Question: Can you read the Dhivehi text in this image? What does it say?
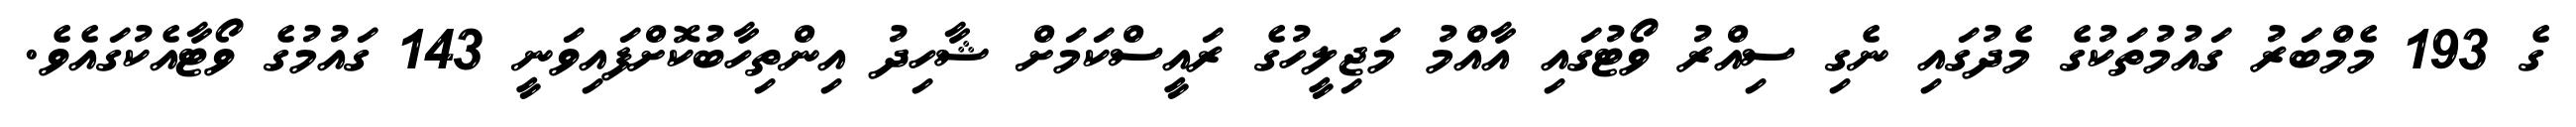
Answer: ގެ 193 މެމްބަރު ގައުމުތަކުގެ މެދުގައި ނެގި ސިއްރު ވޯޓުގައި އާއްމު މަޖިލީހުގެ ރައީސްކަމަށް ޝާހިދު އިންތިހާބުކޮށްފައިވަނީ 143 ގައުމުގެ ވޯޓާއެކުގައެވެ.